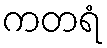
ကတရံ